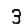
Digit: 3